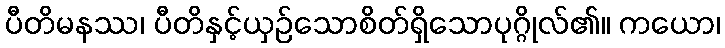
ပီတိမနဿ၊ ပီတိနှင့်ယှဉ်သောစိတ်ရှိသောပုဂ္ဂိုလ်၏။ ကယော၊